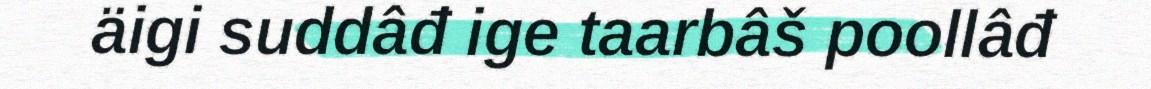
äigi suddâđ ige taarbâš poollâđ